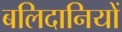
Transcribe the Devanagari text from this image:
बलिदानियों